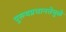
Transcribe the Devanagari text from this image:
पुरूषप्रधानतेमुळे